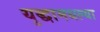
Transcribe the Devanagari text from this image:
युद्धामधल्या